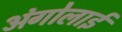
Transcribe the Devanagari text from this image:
अंगोलाई